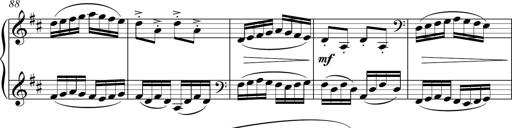
Title: Sonatina del HuÃ©car
Composer: JosÃ© Miguel Moreno Sabio